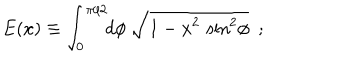
E ( x ) \equiv \int _ { 0 } ^ { \pi / 2 } \! \! d \phi ~ \sqrt { 1 - x ^ { 2 } \, \sin ^ { 2 } \! \phi } ~ ~ ;